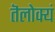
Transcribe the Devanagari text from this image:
तॆलोक्यं